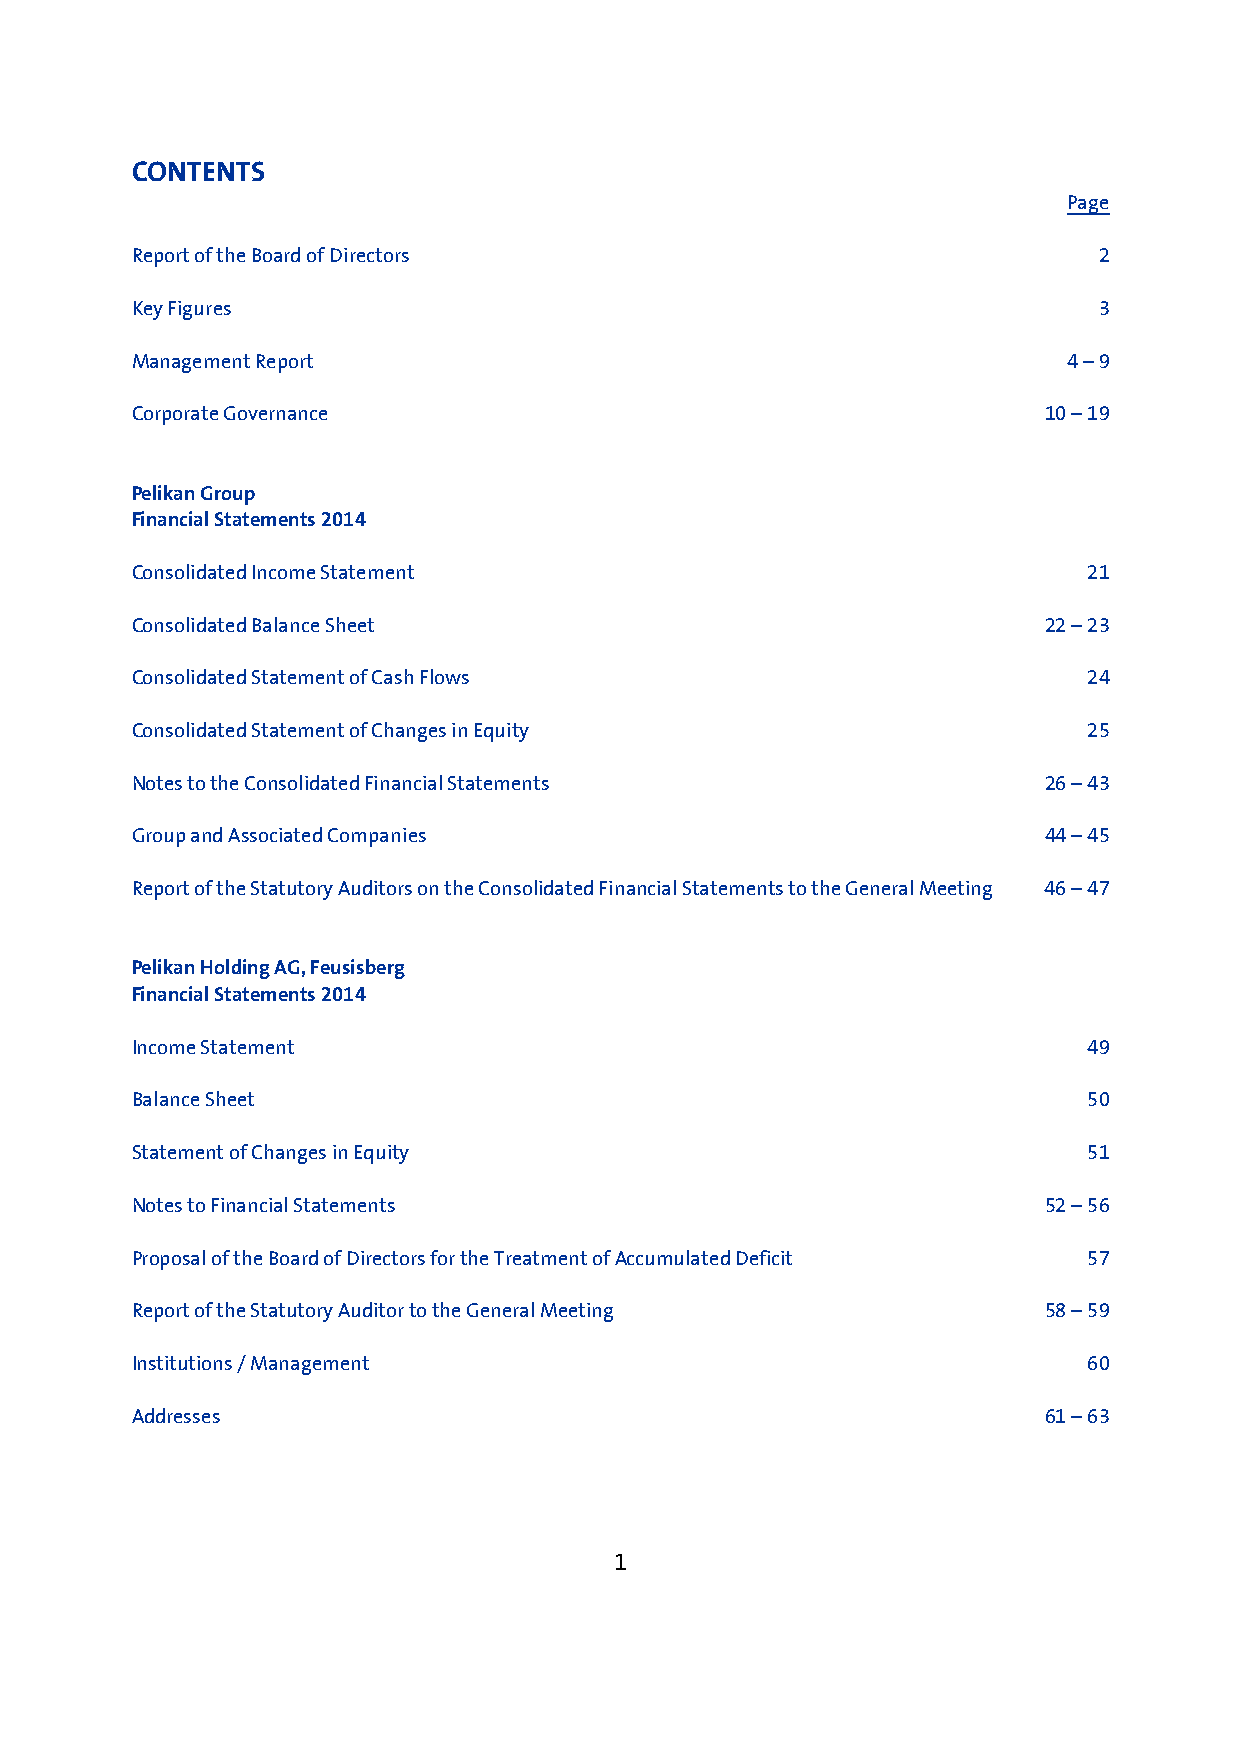
CONTENTS
 Page
 Report of the Board of Directors                                2
 Key Figures                                                     3
 Management Report                                             4 – 9
 Corporate Governance                                        10 – 19
 Pelikan Group
 Financial Statements 2014
 Consolidated Income Statement                                  21
 Consolidated Balance Sheet                                  22 – 23
 Consolidated Statement of Cash Flows                           24
 Consolidated Statement of Changes in Equity                    25
 Notes to the Consolidated Financial Statements              26 – 43
 Group and Associated Companies                              44 – 45
 Report of the Statutory Auditors on the Consolidated Financial Statements to the General Meeting 46 – 47
 Pelikan Holding AG, Feusisberg
 Financial Statements 2014
 Income Statement                                               49
 Balance Sheet                                                  50
 Statement of Changes in Equity                                 51
 Notes to Financial Statements                               52 – 56
 Proposal of the Board of Directors for the Treatment of Accumulated Deficit 57
 Report of the Statutory Auditor to the General Meeting      58 – 59
 Institutions / Management                                      60
 Addresses                                                   61 – 63
 1